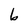
Character: b